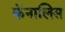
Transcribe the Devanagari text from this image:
कॅनालिस